Annual report of the Bengal Veterinary College and of the Civil Veterinary Department, Bengal, for the year 1910-1911 - 1910-1911
Year: 1910
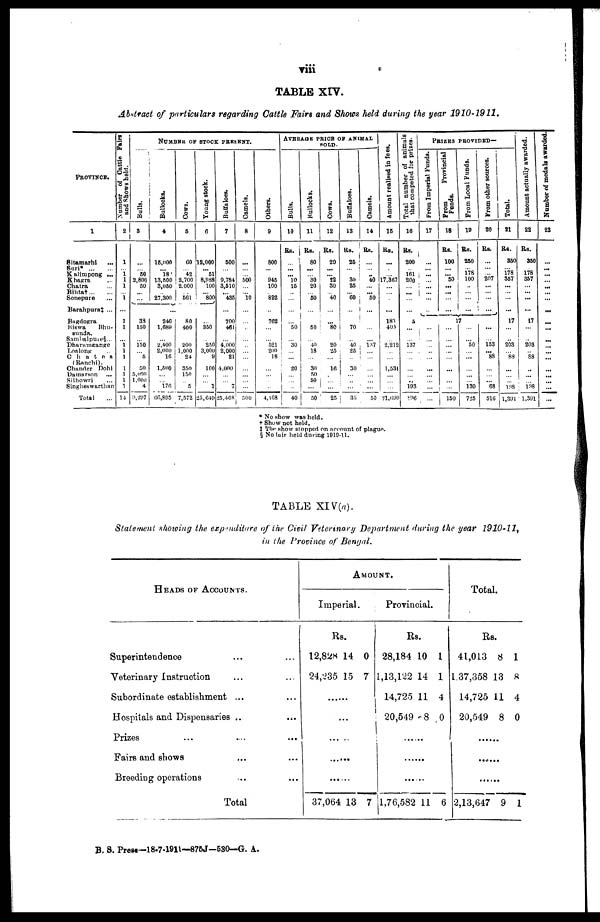
viii
TABLE XIV.
Abstract of particulars regarding Cattle Fairs and Shows held during the year 1910-1911.
PROVINCE.
1
Sitamarhi …
Sari*
…
…
Kalinipong ...
Khagra
Chatra…
Sonepure …
Barahpura‡ ...
Bagdogra
Biswa
Bhu-
sunda.
Sambalpuie§ ...
Dharamgange
Loalong …
Chatea
(Ranchi).
Chander
Dohi
Damarson …
Silhowri …
Singheswarthan …
Total
Number of Cattle Fairs
and Shows held.
2
1
... 1
1
1
1
...
1
1
... 1
l
l
I
l
1
1
14
NUMBER OF STOCK PRESENT.
Bulls.
3
... 50
2,800
50
...
33
150
150
5
50
5,090
1,000
4
9,297
Bullocks.
4
15,000
... 18
13,500
3,050
27,300
...
246
1,689
2,400
2,000
16
1,500
176
66,895
Cows.
5
60
... 42
2,700
2.000
561
...
80
400
200
1,000
24
350
150
5
7,572
Young stock.
6
...
12,000
... 51
8,988
100
800
...
...
350
250
3,000
9
100
1
25,649
Buffaloes.
7
...
500
...
... 9,784
3,510
435
...
700
461
4,000
2,000
21
4,000
7
25,408
Camels.
8
...
...
...
... 500
...
10
...
...
...
...
...
...
...
...
...
...
...
...
...
500
Others.
9
800
...
945
100
822
762
521
200
18
4,108
AVERAGE PRICE OF ANIMAL
SOLD.
Bulls.
10
Rs.
...
... ... 10
15
50
30
...
...
... 20
...
...
...
40
Bullocks.
11
Rs.
80
...
30
20
50
50
40
18
...
... 30
50
50
...
50
Cows.
12
Rs.
20
...
22
30
40
80
20
25
...
... 16
...
...
...
25
Buffaloes.
13
Rs.
25
...
30
25
60
70
40
25
... ...
30
...
...
35
Camels.
14
Rs.
...
...
... 40
50
...
137
...
...
...
...
...
...
50
Amount realised in fees.
15
Rs.
...
...
... 17,367
...
181
40.1
2,212
...
...
... 1,531
...
...
21.690
Total number of animals
that competed for prizes.
16
Rs.
200
161
200
:::
5
137
...
193
5:96
PRIZES
PROVIDED—
From Imperial Funds.
17
...
...
...
...
From
Provincial
Funds.
18
Rs.
100
... 50
...
...
1
...
...
150
From Local Funds.
19
Rs.
250
178
100
7
50
130
725
From other sources.
20
Rs.
207
...
153
... 88
68
516
Total.
21
Rs.
350
178
357
...
17
203
S3
198
1,391
Amount actually awarded.
22
Rs.
350
178
357
...
17
203
88
198
1,391
Number of medals awarded
23
...
...
...
...
...
...
...
...
...
...
* No show was held.
† Show not held.
‡ The show stopped on account of plague.
§ No fair held during 1910-11.
TABLE XlV (a).
Statement showing the expenditure of the Civil Veterinary Department during the year 1910-11,
in the Province of Bengal.
HEADS OF ACCOUNTS.
Superintendence … …
Veterinary Instruction … …
Subordinate establishment ...
Hospitals and Dispensaries ...
Prizes
Fairs and shows
Breeding operations … …
Total
AMOUNT.
Imperial.
Rs.
12,828
24,235
... ...
37,064
14
15
13
0
7
7
Provincial.
Rs.
28,184
1,13,122
14,725
20,549 .
......
1,76,582
10
14
11
8
11
1
1
4
0
6
Total.
Rs.
41,013
1.37,358
14,725
20,549
......
2,13,647
8
13
11
8
9
1
8
4
0
1
B. S. Press—18-7-1911—876J—530—G. A.